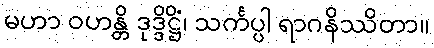
မဟာ ဝဟန္တိ ဒုဒ္ဒိဋ္ဌိံ၊ သင်္ကပ္ပါ ရာဂနိဿိတာ။